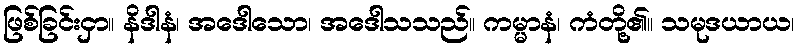
ဖြစ်ခြင်းငှာ။ နိဒါနံ၊ အဒေါသော၊ အဒေါသသည်။ ကမ္မာနံ၊ ကံတို့၏။ သမုဒယာယ၊